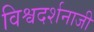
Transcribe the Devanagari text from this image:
विश्वदर्शनाजी